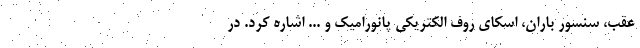
عقب، سنسور باران، اسکای روف الکتریکی پانورامیک و ... اشاره کرد. در